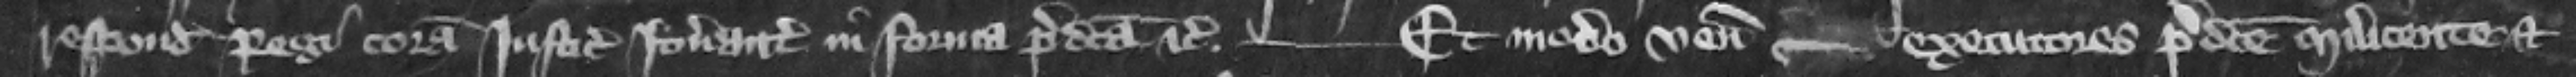
respondendum regi coram iusticiariis itinerantibus in forma predicta etc. --- Et modo veniunt --- executores predicte Milicente et